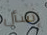
إسأل